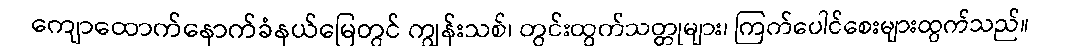
ကျောထောက်နောက်ခံနယ်မြေတွင် ကျွန်းသစ်၊ တွင်းထွက်သတ္တုများ၊ ကြက်ပေါင်စေးများထွက်သည်။